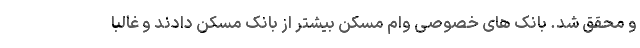
و محقق شد. بانک های خصوصی وام مسکن بیشتر از بانک مسکن دادند و غالبا